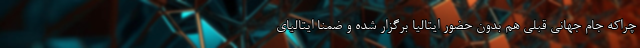
چراکه جام جهانی قبلی هم بدون حضور ایتالیا برگزار شده و ضمنا ایتالیای